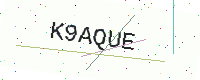
Text: K9AQUE